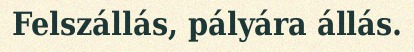
Felszállás, pályára állás.